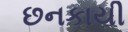
છનકાયી